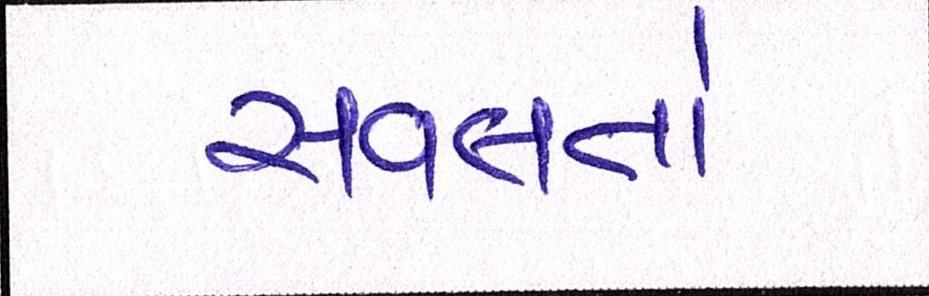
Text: સવલતો